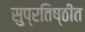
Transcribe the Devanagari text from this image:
सुप्रतिष्ठीत